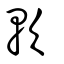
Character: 軟